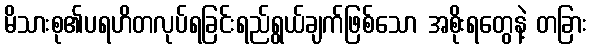
မိသားစု၏ပရဟိတလုပ်ရခြင်းရည်ရွယ်ချက်ဖြစ်သော အစိုးရတွေနဲ့ တခြား